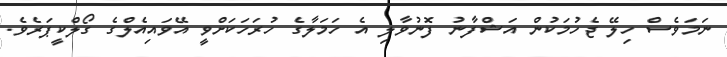
ނަމަވެސް ހިލޭ ޖެހުމަކުން އަޝްފާނު ފޮނުވާލި އެ ހަމަލާގެ ހުރަހަކަށްވީ އޭވައިއެލްގެ ގޯލްކީޕަރެވެ.